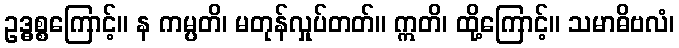
ဥဒ္ဓစ္စကြောင့်။ န ကမ္ပတိ၊ မတုန်လှုပ်တတ်။ ဣတိ၊ ထို့ကြောင့်။ သမာဓိဗလံ၊